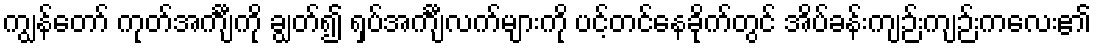
ကျွန်တော် ကုတ်အင်္ကျီကို ချွတ်၍ ရှပ်အင်္ကျီလက်များကို ပင့်တင်နေခိုက်တွင် အိပ်ခန်းကျဉ်းကျဉ်းကလေး၏